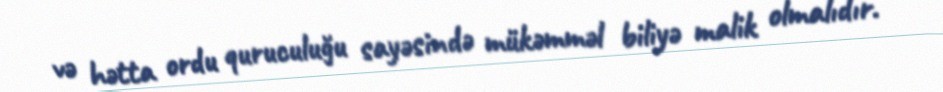
və hətta ordu quruculuğu sayəsində mükəmməl biliyə malik olmalıdır.